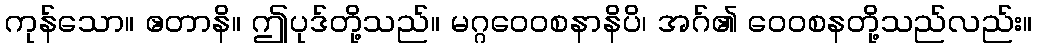
ကုန်သော။ ဧတာနိ။ ဤပုဒ်တို့သည်။ မဂ္ဂဝေဝစနာနိပိ၊ အဂ်၏ ဝေဝစနတို့သည်လည်း။